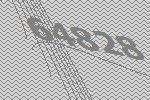
64828